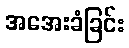
အအေးခံခြင်း